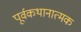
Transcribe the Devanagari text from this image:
पूर्वकथानात्मक